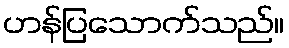
ဟန်ပြသောက်သည်။